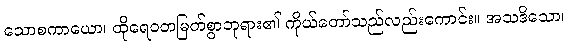
သောစကာယော၊ ထိုရေဝတမြတ်စွာဘုရား၏ ကိုယ်တော်သည်လည်းကောင်း။ အသဒိသော၊